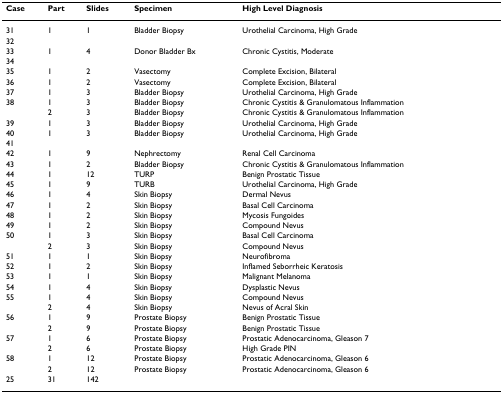
<table><thead><tr><td><b>Case</b></td><td><b>Part</b></td><td><b>Slides</b></td><td><b>Specimen</b></td><td><b>High Level Diagnosis</b></td></tr></thead><tbody><tr><td>31</td><td>1</td><td>1</td><td>Bladder Biopsy</td><td>Urothelial Carcinoma, High Grade</td></tr><tr><td>32</td><td></td><td></td><td></td><td></td></tr><tr><td>33</td><td>1</td><td>4</td><td>Donor Bladder Bx</td><td>Chronic Cystitis, Moderate</td></tr><tr><td>34</td><td></td><td></td><td></td><td></td></tr><tr><td>35</td><td>1</td><td>2</td><td>Vasectomy</td><td>Complete Excision, Bilateral</td></tr><tr><td>36</td><td>1</td><td>2</td><td>Vasectomy</td><td>Complete Excision, Bilateral</td></tr><tr><td>37</td><td>1</td><td>3</td><td>Bladder Biopsy</td><td>Urothelial Carcinoma, High Grade</td></tr><tr><td>38</td><td>1</td><td>3</td><td>Bladder Biopsy</td><td>Chronic Cystitis &amp; Granulomatous Inflammation</td></tr><tr><td></td><td>2</td><td>3</td><td>Bladder Biopsy</td><td>Chronic Cystitis &amp; Granulomatous Inflammation</td></tr><tr><td>39</td><td>1</td><td>3</td><td>Bladder Biopsy</td><td>Urothelial Carcinoma, High Grade</td></tr><tr><td>40</td><td>1</td><td>3</td><td>Bladder Biopsy</td><td>Urothelial Carcinoma, High Grade</td></tr><tr><td>41</td><td></td><td></td><td></td><td></td></tr><tr><td>42</td><td>1</td><td>9</td><td>Nephrectomy</td><td>Renal Cell Carcinoma</td></tr><tr><td>43</td><td>1</td><td>2</td><td>Bladder Biopsy</td><td>Chronic Cystitis &amp; Granulomatous Inflammation</td></tr><tr><td>44</td><td>1</td><td>12</td><td>TURP</td><td>Benign Prostatic Tissue</td></tr><tr><td>45</td><td>1</td><td>9</td><td>TURB</td><td>Urothelial Carcinoma, High Grade</td></tr><tr><td>46</td><td>1</td><td>4</td><td>Skin Biopsy</td><td>Dermal Nevus</td></tr><tr><td>47</td><td>1</td><td>2</td><td>Skin Biopsy</td><td>Basal Cell Carcinoma</td></tr><tr><td>48</td><td>1</td><td>2</td><td>Skin Biopsy</td><td>Mycosis Fungoides</td></tr><tr><td>49</td><td>1</td><td>2</td><td>Skin Biopsy</td><td>Compound Nevus</td></tr><tr><td>50</td><td>1</td><td>3</td><td>Skin Biopsy</td><td>Basal Cell Carcinoma</td></tr><tr><td></td><td>2</td><td>3</td><td>Skin Biopsy</td><td>Compound Nevus</td></tr><tr><td>51</td><td>1</td><td>1</td><td>Skin Biopsy</td><td>Neurofibroma</td></tr><tr><td>52</td><td>1</td><td>2</td><td>Skin Biopsy</td><td>Inflamed Seborrheic Keratosis</td></tr><tr><td>53</td><td>1</td><td>1</td><td>Skin Biopsy</td><td>Malignant Melanoma</td></tr><tr><td>54</td><td>1</td><td>4</td><td>Skin Biopsy</td><td>Dysplastic Nevus</td></tr><tr><td>55</td><td>1</td><td>4</td><td>Skin Biopsy</td><td>Compound Nevus</td></tr><tr><td></td><td>2</td><td>4</td><td>Skin Biopsy</td><td>Nevus of Acral Skin</td></tr><tr><td>56</td><td>1</td><td>9</td><td>Prostate Biopsy</td><td>Benign Prostatic Tissue</td></tr><tr><td></td><td>2</td><td>9</td><td>Prostate Biopsy</td><td>Benign Prostatic Tissue</td></tr><tr><td>57</td><td>1</td><td>6</td><td>Prostate Biopsy</td><td>Prostatic Adenocarcinoma, Gleason 7</td></tr><tr><td></td><td>2</td><td>6</td><td>Prostate Biopsy</td><td>High Grade PIN</td></tr><tr><td>58</td><td>1</td><td>12</td><td>Prostate Biopsy</td><td>Prostatic Adenocarcinoma, Gleason 6</td></tr><tr><td></td><td>2</td><td>12</td><td>Prostate Biopsy</td><td>Prostatic Adenocarcinoma, Gleason 6</td></tr><tr><td>25</td><td>31</td><td>142</td><td></td><td></td></tr></tbody></table>